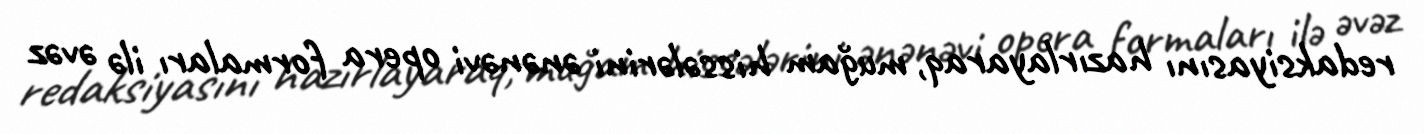
redaksiyasını hazırlayaraq, muğam hissələrini ənənəvi opera formaları ilə əvəz